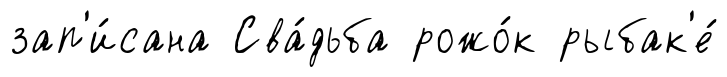
зап'и́сана Сва́дьба рожо́к рыбак'е́